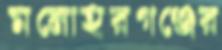
মনোহরগঞ্জের